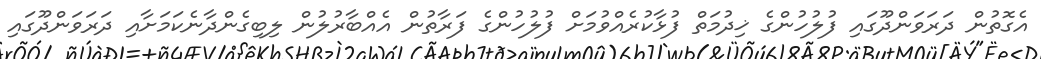
އެގޮތުން ދަރަވަންދޫގައި ފުލުހުންގެ ޚިދުމަތް ފުޅާކުރެއްވުމަށް ފުލުހުންގެ ފަރާތުން އެއްބާރުލުން ލިބިގެންދާނެކަމަށާއި ދަރަވަންދޫގައި